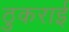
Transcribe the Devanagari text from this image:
ठुकराई